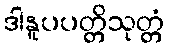
ဒါနူပပတ္တိသုတ္တံ